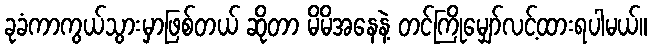
ခုခံကာကွယ်သွားမှာဖြစ်တယ် ဆိုတာ မိမိအနေနဲ့ တင်ကြိုမျှော်လင့်ထားရပါမယ်။